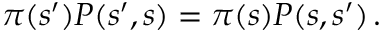
\pi ( s ^ { \prime } ) P ( s ^ { \prime } , s ) = \pi ( s ) P ( s , s ^ { \prime } ) \, .